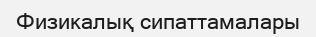
Физикалық сипаттамалары